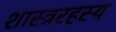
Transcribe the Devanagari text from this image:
शास्त्ररहस्य